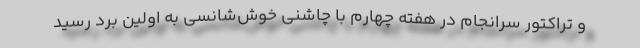
و تراکتور سرانجام در هفته چهارم با چاشنی خوش‌شانسی به اولین برد رسید